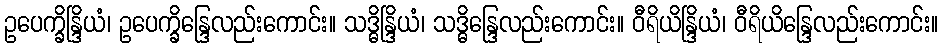
ဥပေက္ခိန္ဒြိယံ၊ ဥပေက္ခိန္ဒြေလည်းကောင်း။ သဒ္ဓိန္ဒြိယံ၊ သဒ္ဓိန္ဒြေလည်းကောင်း။ ဝီရိယိန္ဒြိယံ၊ ဝီရိယိန္ဒြေလည်းကောင်း။